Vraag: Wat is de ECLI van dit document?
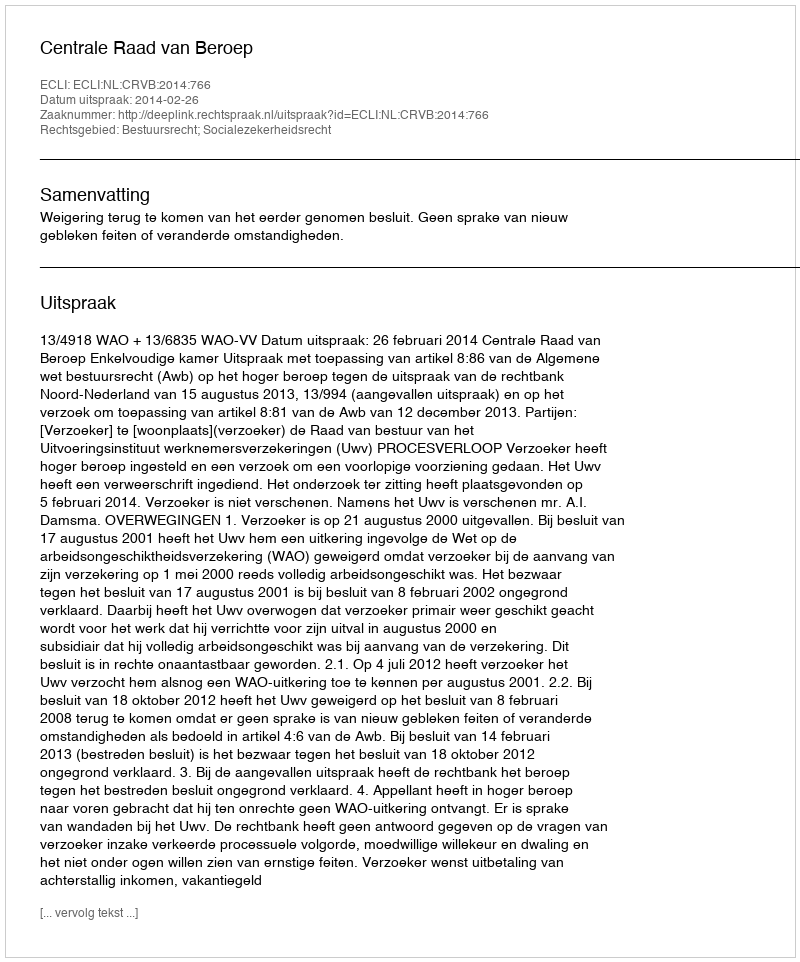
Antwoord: ECLI:NL:CRVB:2014:766